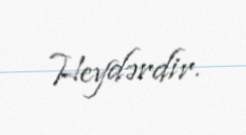
Heydərdir.